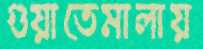
গুয়াতেমালায়